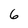
Character: 6